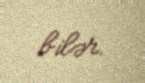
bilər.